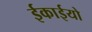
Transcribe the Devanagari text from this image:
ईकाईयो